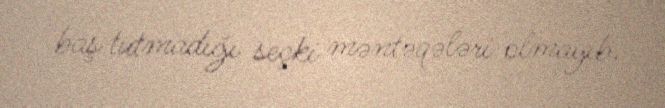
baş tutmadığı seçki məntəqələri olmayıb.